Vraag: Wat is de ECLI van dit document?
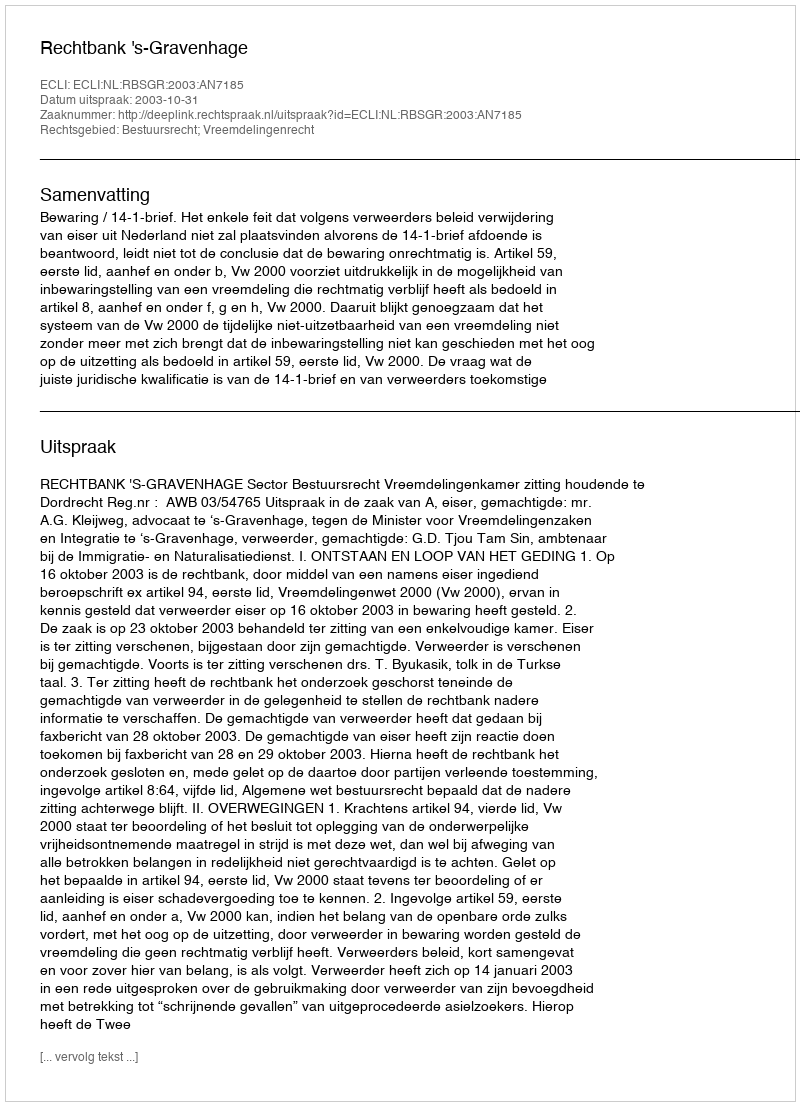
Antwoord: ECLI:NL:RBSGR:2003:AN7185